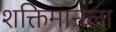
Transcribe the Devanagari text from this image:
शक्तिमानला